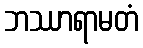
ဘဿာရာမတံ